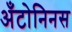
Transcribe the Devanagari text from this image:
अँटोनिनस